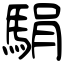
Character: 駽